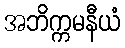
အဘိက္ကမနီယံ